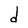
Character: d